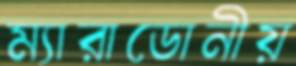
ম্যারাডোনীয়